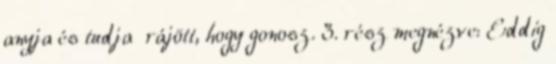
anyja és tudja rájött, hogy gonosz. 3. rész megnézve: Eddig